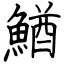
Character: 鰌